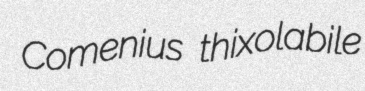
Comenius thixolabile